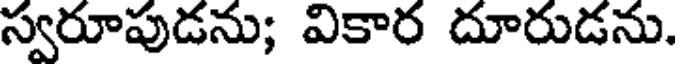
స్వరూపుడను; వికార దూరుడను.